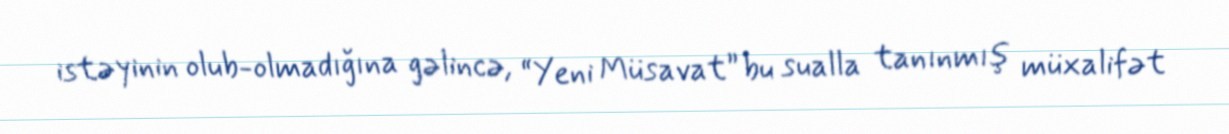
istəyinin olub-olmadığına gəlincə, “Yeni Müsavat” bu sualla tanınmış müxalifət